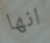
انها